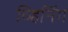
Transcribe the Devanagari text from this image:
व्हिनिंग